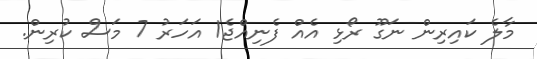
މާލެ ކައިރިން ނަގޫ ރޯޅި އެއް ފެނިއްޖެ1 އަހަރު 7 މަސް ކުރިން.